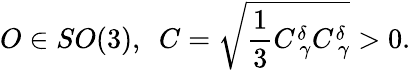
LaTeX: O\in SO(3),\ \ C=\sqrt{\frac 13C_{\ \gamma}^{\delta}C_{\ \gamma}^{\delta}}>0.